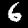
Digit: 6